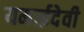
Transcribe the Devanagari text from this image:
यमाईदेवी